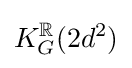
K_{G}^{\mathbb {R} }(2d^{2})